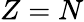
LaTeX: Z=N